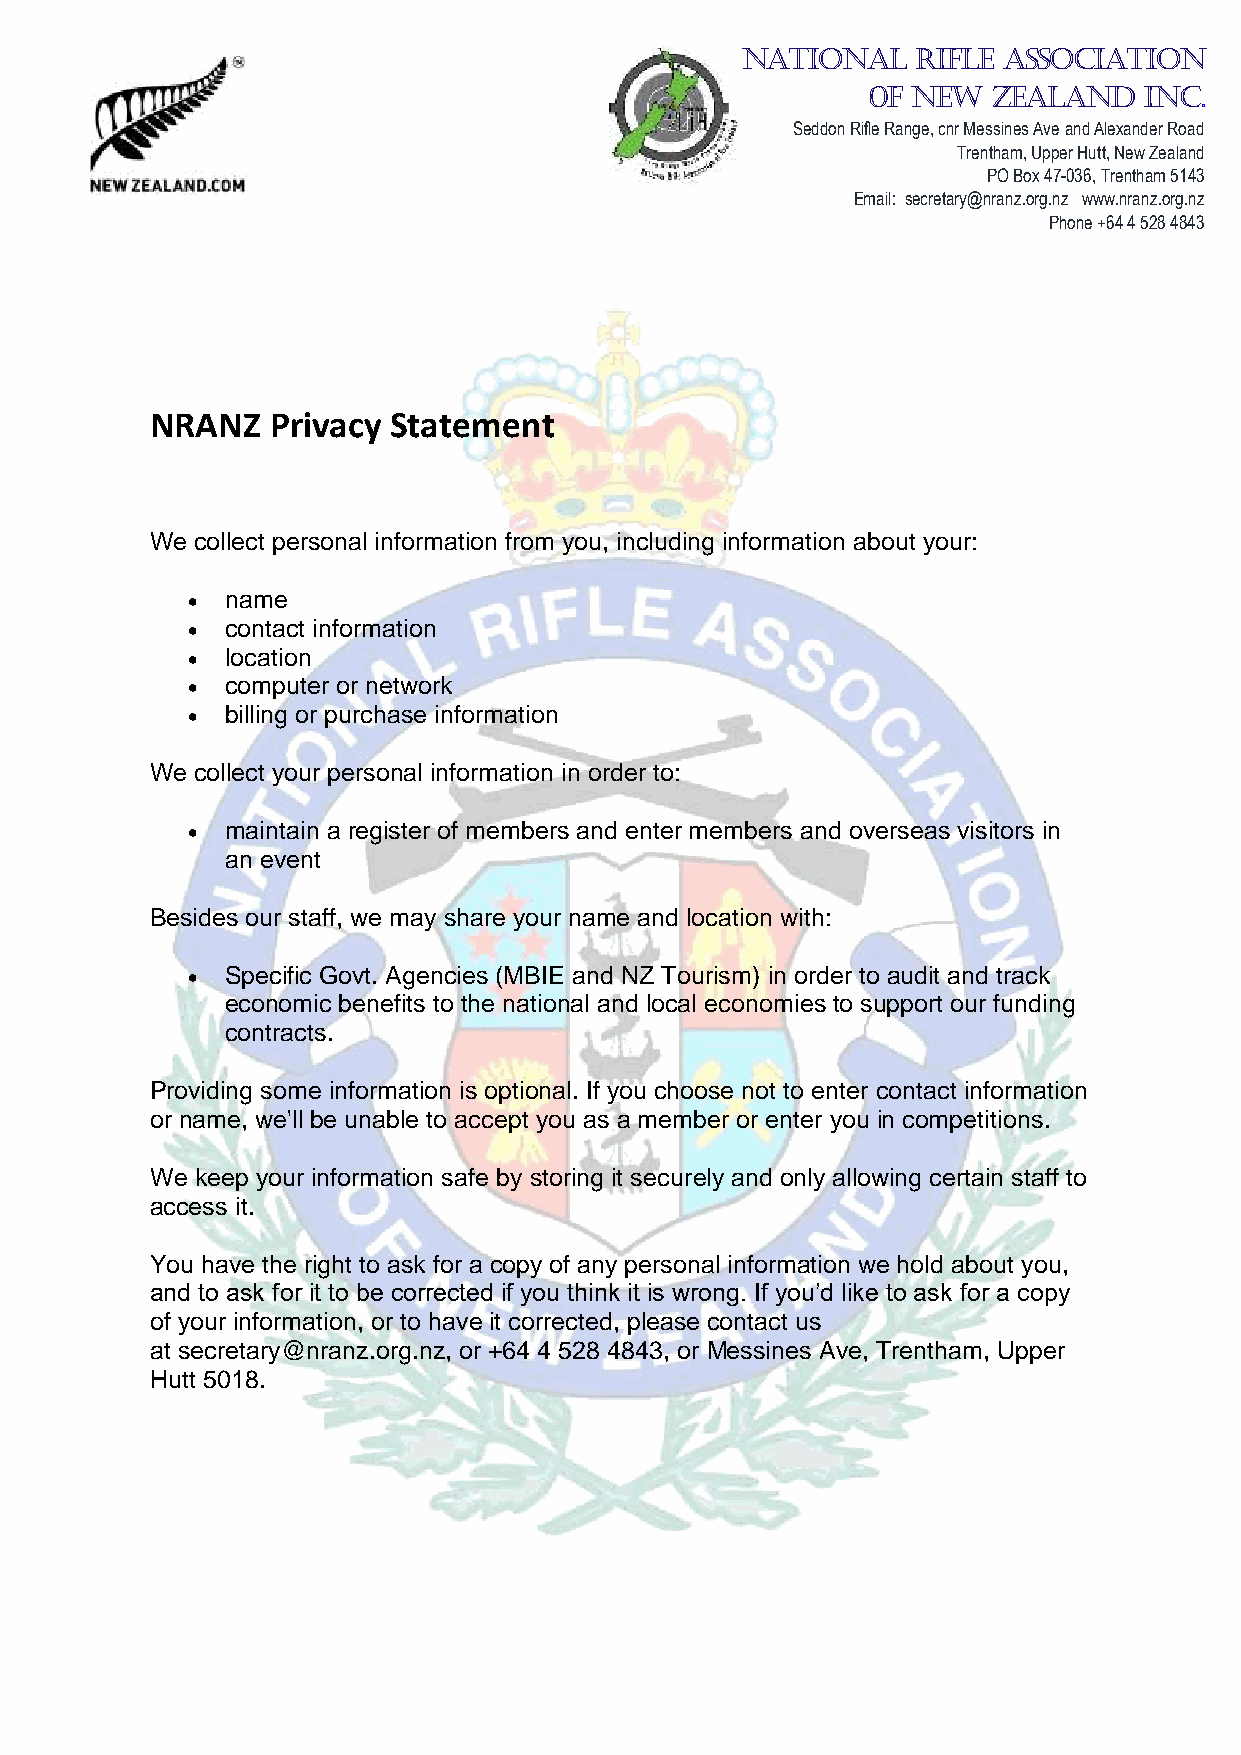
NATIONAL    RIFLE ASSOCIATION
 0F New   Zealand   Inc.
 Seddon Rifle Range, cnr Messines Ave and Alexander Road
 Trentham, Upper Hutt, New Zealand
 PO Box 47-036, Trentham 5143
 Email: secretary@nranz.org.nz www.nranz.org.nz
 Phone +64 4 528 4843
 NRANZ   Privacy Statement
 We collect personal information from you, including information about your:
   name
   contact information
   location
   computer or network
   billing or purchase information
 We collect your personal information in order to:
   maintain a register of members and enter members and overseas visitors in
 an event
 Besides our staff, we may share your name and location with:
   Specific Govt. Agencies (MBIE and NZ Tourism) in order to audit and track
 economic benefits to the national and local economies to support our funding
 contracts.
 Providing some information is optional. If you choose not to enter contact information
 or name, we'll be unable to accept you as a member or enter you in competitions.
 We keep your information safe by storing it securely and only allowing certain staff to
 access it.
 You have the right to ask for a copy of any personal information we hold about you,
 and to ask for it to be corrected if you think it is wrong. If you’d like to ask for a copy
 of your information, or to have it corrected, please contact us
 at secretary@nranz.org.nz, or +64 4 528 4843, or Messines Ave, Trentham, Upper
 Hutt 5018.